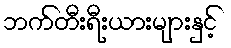
ဘက်တီးရီးယားများနှင့်